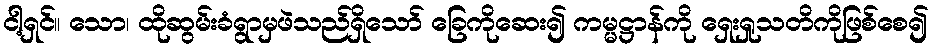
ငါ့ရှင်။ သော၊ ထိုဆွမ်းခံရွာမှဖဲသည်ရှိသော် ခြေကိုဆေး၍ ကမ္မဋ္ဌာန်ကို ရှေးရှုသတိကိုဖြစ်စေ၍